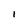
Character: I